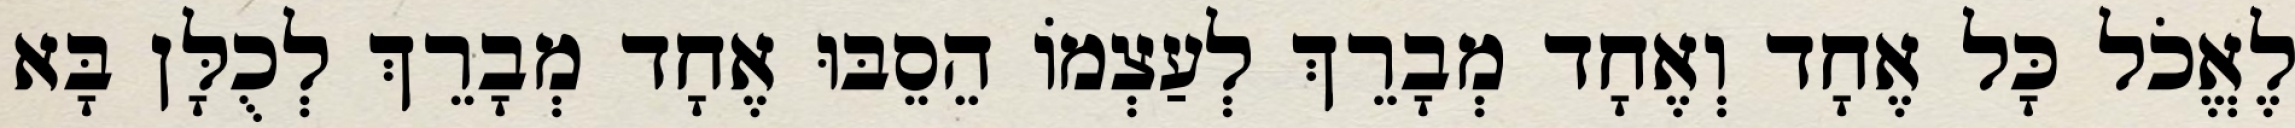
לֶאֱכֹל כָּל אֶחָד וְאֶחָד מְבָרֵךְ לְעַצְמוֹ הֵסֵבּוּ אֶחָד מְבָרֵךְ לְכֻלָּן בָּא